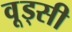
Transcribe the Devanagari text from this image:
वूड्सी